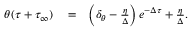
\begin{array} { r l r } { \theta ( \tau + \tau _ { \infty } ) } & { { } = } & { \left( \delta _ { \theta } - \frac { \eta } { \Delta } \right) e ^ { - \Delta \tau } + \frac { \eta } { \Delta } . } \end{array}